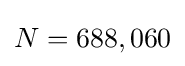
N=688,060